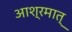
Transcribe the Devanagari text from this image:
आश्रमात्‌